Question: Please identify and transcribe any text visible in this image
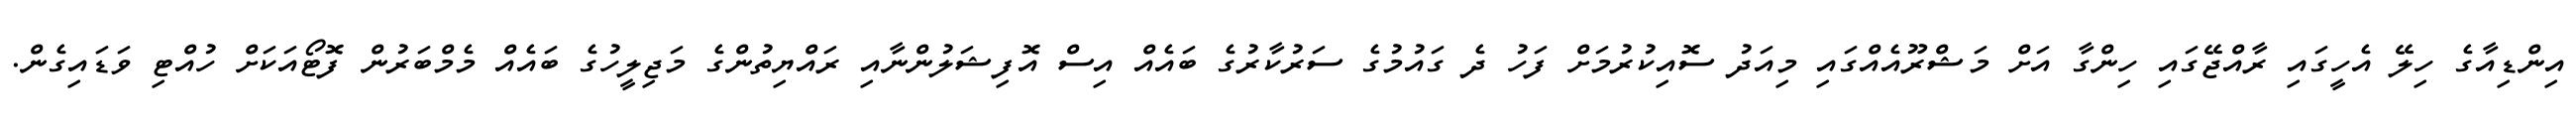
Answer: އިންޑިއާގެ ހިލޭ އެހީގައި ރާއްޖޭގައި ހިންގާ އަށް މަޝްރޫއެއްގައި މިއަދު ސޮއިކުރުމަށް ފަހު ދެ ގައުމުގެ ސަރުކާރުގެ ބައެއް އިސް އޮފިޝަލުންނާއި ރައްޔިތުންގެ މަޖިލީހުގެ ބައެއް މެމްބަރުން ފޮޓޯއަކަށް ހުއްޓި ވަޑައިގެން.